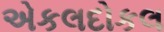
એકલદોકલ